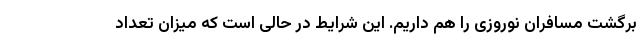
برگشت مسافران نوروزی را هم داریم. این شرایط در حالی است که میزان تعداد